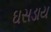
ઘસડાય